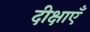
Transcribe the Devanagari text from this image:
दीक्षाएँ